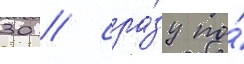
30 / сра́зу по́